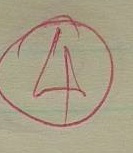
4